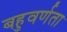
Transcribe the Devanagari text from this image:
बहुवर्णता